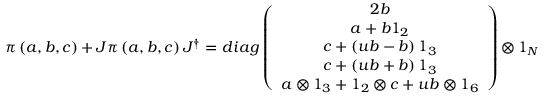
\pi \left( a , b , c \right) + J \pi \left( a , b , c \right) J ^ { \dagger } = d i a g \left( \begin{array} { c } { { 2 b } } \\ { { a + b 1 _ { 2 } } } \\ { { c + \left( u b - b \right) 1 _ { 3 } } } \\ { { c + \left( u b + b \right) 1 _ { 3 } } } \\ { { a \otimes 1 _ { 3 } + 1 _ { 2 } \otimes c + u b \otimes 1 _ { 6 } } } \end{array} \right) \otimes 1 _ { N }